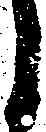
う